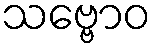
သဗ္ဗောဝ